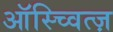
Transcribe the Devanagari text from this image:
ऑस्च्वित्ज़